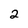
Character: 2